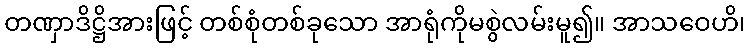
တဏှာဒိဋ္ဌိအားဖြင့် တစ်စုံတစ်ခုသော အာရုံကိုမစွဲလမ်းမူ၍။ အာသဝေဟိ၊